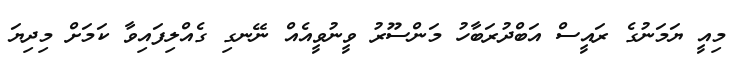
މިއީ ޔަމަނުގެ ރައީސް އަބްދުރަބާހު މަންސޫރު ވީނުވީއެއް ނޭނގި ގެއްލިފައިވާ ކަމަށް މިދިޔަ